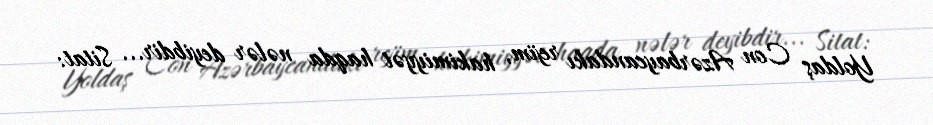
Yoldaş Con Azərbaycandakı rejim, hakimiyyət haqda nələr deyibdir... Sitat: